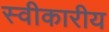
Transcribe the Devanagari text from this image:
स्वीकारीय